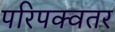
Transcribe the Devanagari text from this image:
परिपक्वतर